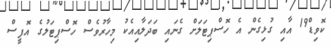
ކޮވިޑް19 އާއި ގުޅިގެން އެ ހޮސްޕިޓަލަށް ގެނައި ބަދަލާއިއެކު މިހާރުވެސް ހޮސްޕިޓަލުގެ އޮފީސް